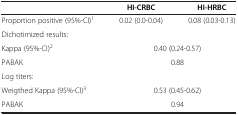
<table><thead><tr><td><b> </b></td><td><b>HI-CRBC</b></td><td><b>HI-HRBC</b></td></tr></thead><tbody><tr><td>Proportion positive (95%-CI)<sup>1</sup></td><td>0.02 (0.0-0.04)</td><td>0.08 (0.03-0.13)</td></tr><tr><td>Dichotimized results:</td><td colspan="2"> </td></tr><tr><td>Kappa (95%-CI)<sup>2</sup></td><td colspan="2">0.40 (0.24-0.57)</td></tr><tr><td>PABAK</td><td colspan="2">0.88</td></tr><tr><td>Log titers:</td><td> </td><td> </td></tr><tr><td>Weigthed Kappa (95%-CI)<sup>3</sup></td><td colspan="2">0.53 (0.45-0.62)</td></tr><tr><td>PABAK</td><td colspan="2">0.94</td></tr></tbody></table>